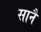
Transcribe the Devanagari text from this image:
सानै